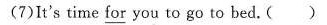
(7)It's time for you to go to bed. ( )